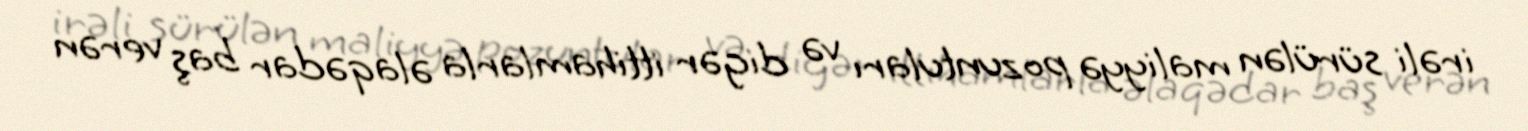
irəli sürülən maliyyə pozuntuları və digər ittihamlarla əlaqədar baş verən